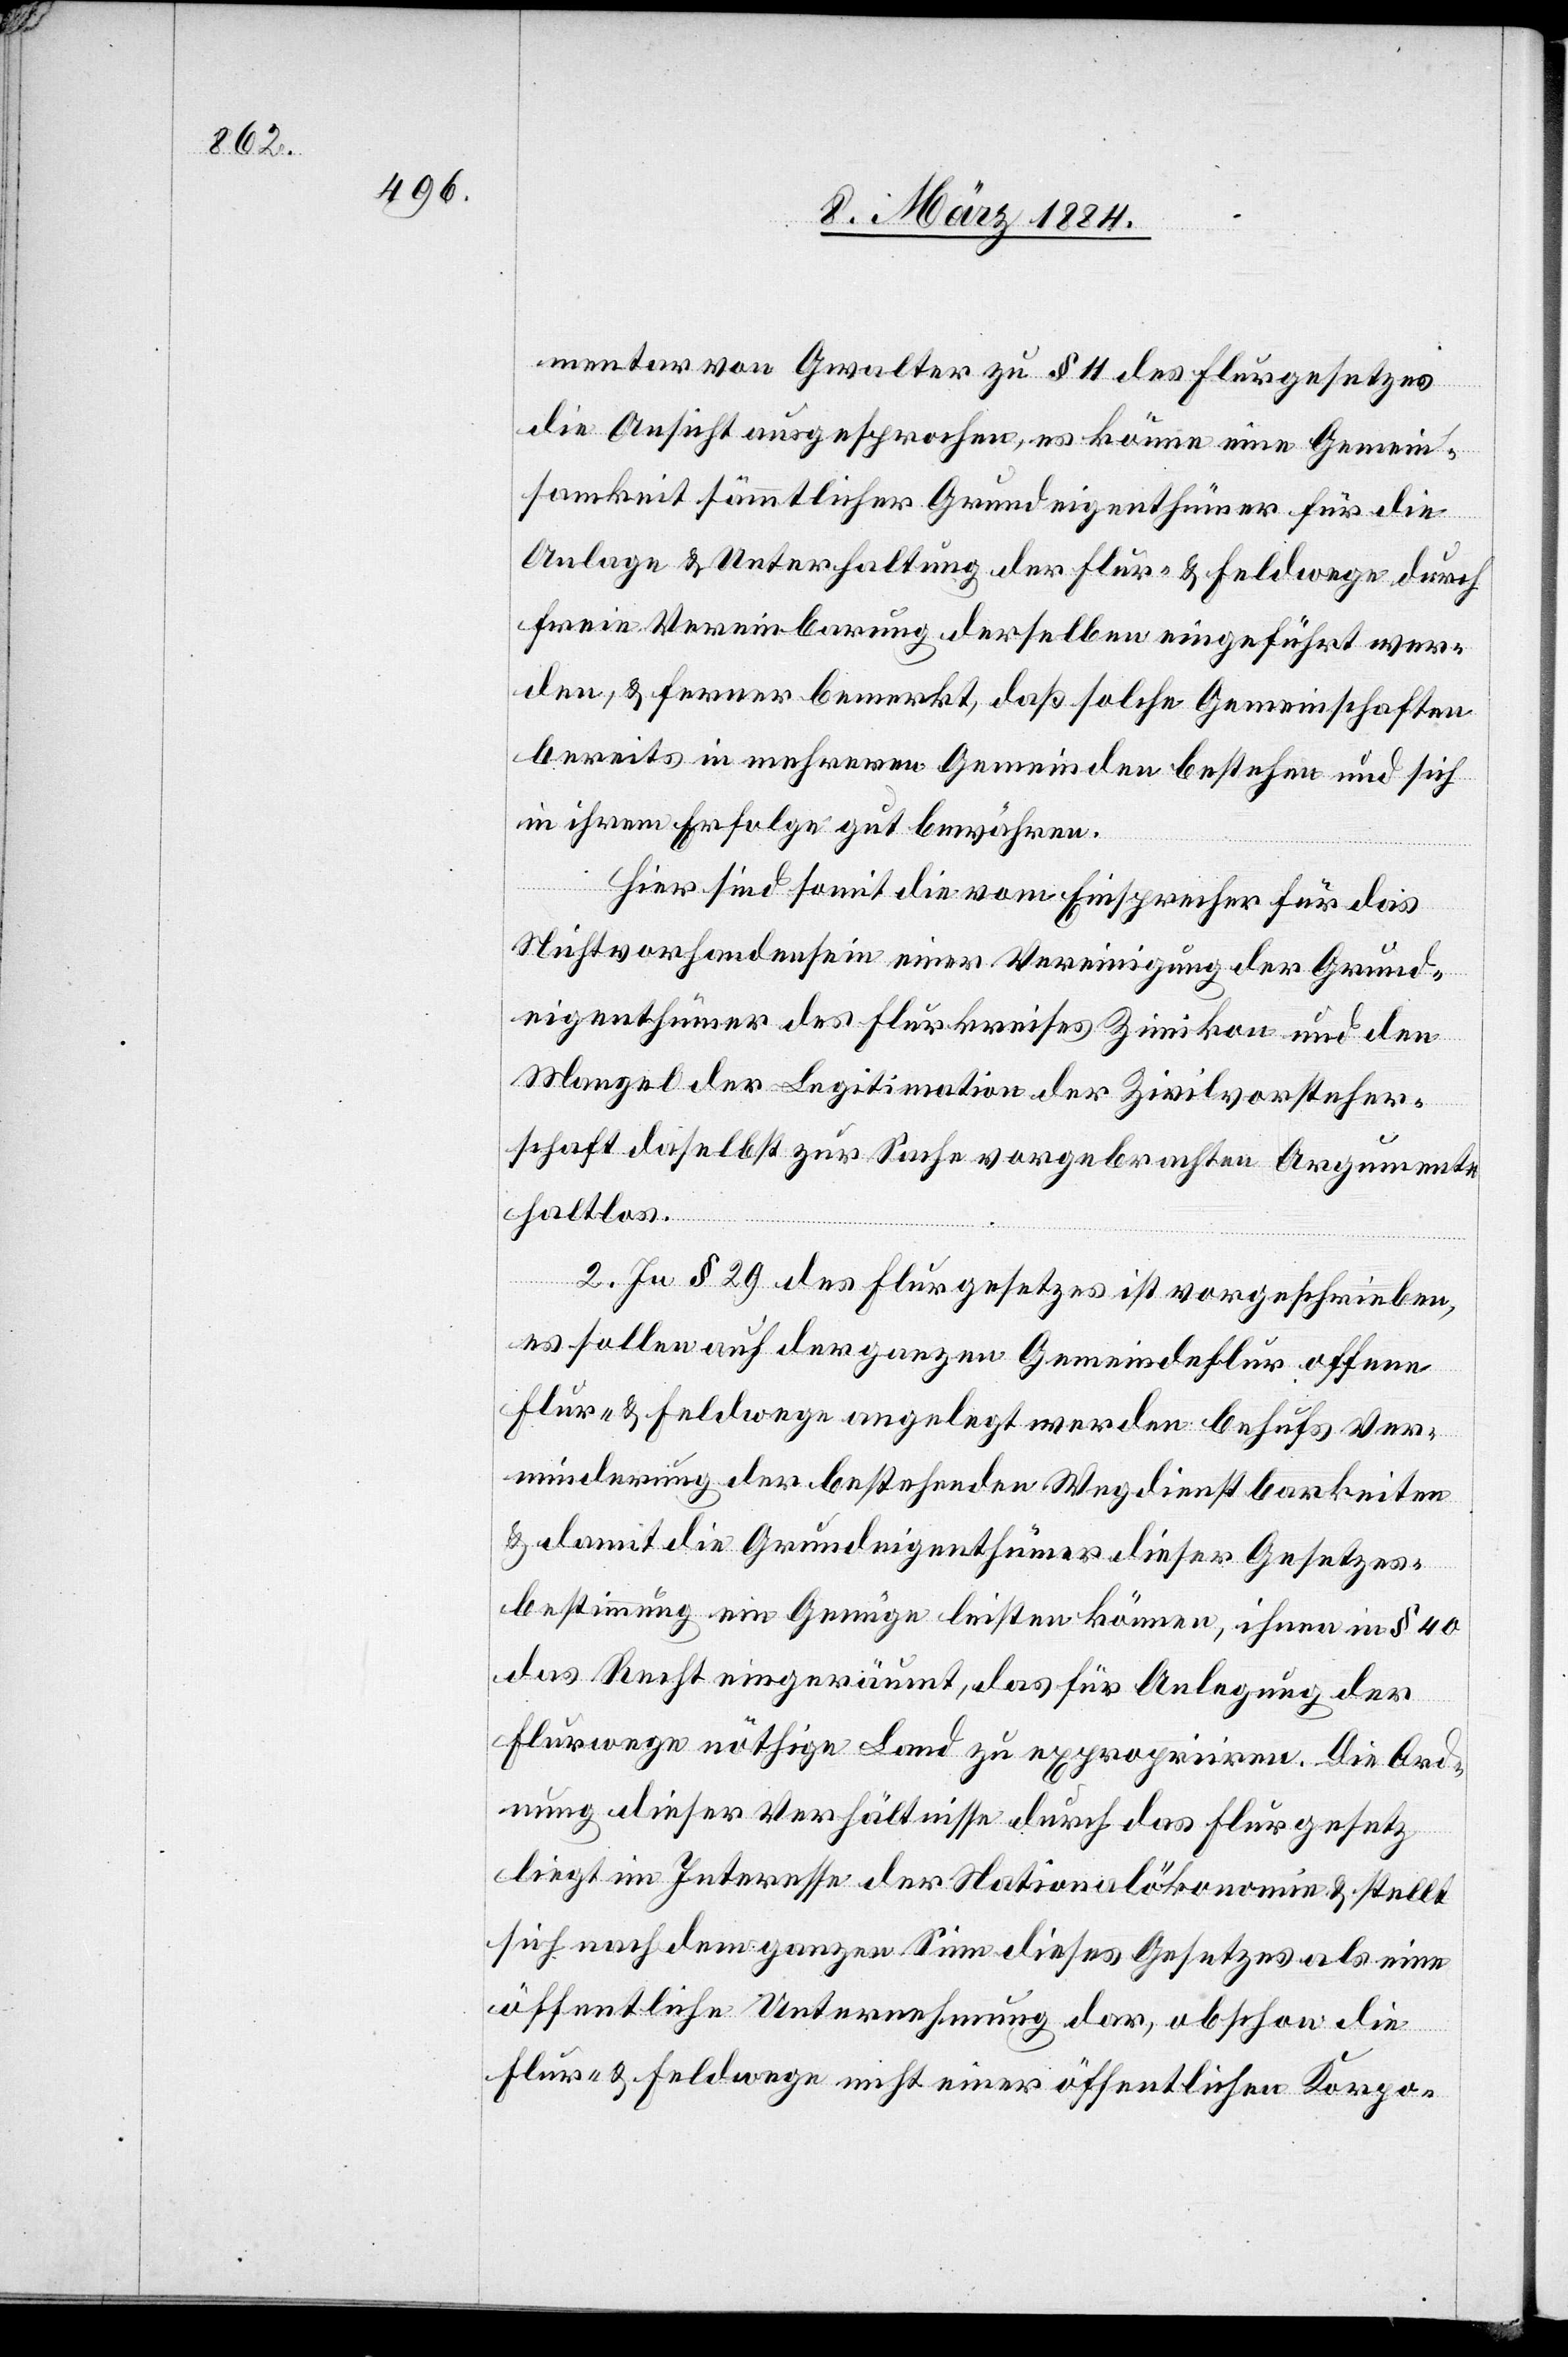
mentar von Gwalter zu § 11 des Flurgesetzes
die Ansicht ausgesprochen, es könne eine Gemein¬
samkeit sämmtlicher Grundeigenthümer für die
Anlage & Unterhaltung der Flur- & Feldwege durch
freie Vereinbarung derselben eingeführt wer¬
den, & ferner bemerkt, daß solche Gemeinschaften
bereits in mehreren Gemeinden bestehen und sich
in ihrem Erfolge gut bewähren.
Hier sind somit die vom Einsprecher für das
Nichtvorhandensein einer Vereinigung der Grund¬
eigenthümer des Flurkreises Zimikon und den
Mangel der Legitimation der Zivilvorsteher¬
schaft daselbst zur Sache vorgebrachten Argumente
haltlos.
2. In § 29 des Flurgesetzes ist vorgeschrieben,
es sollen auf der ganzen Gemeindeflur offene
Flur- & Feldwege angelegt werden behufs Ver¬
minderung der bestehenden Wegdienstbarkeiten
& damit die Grundeigenthümer dieser Gesetzes¬
bestimmung ein Genüge leisten können, wird ihnen in § 40
das Recht eingeräumt, daß für Anlegung der
Flurwege nöthige Land zu expropriiren. Die Ord¬
nung dieser Verhältnisse durch das Flurgesetz
liegt im Interesse der Nationalökonomie & stellt
sich auch dem ganzen Sinne dieses Gesetzes als eine
öffentliche Unternehmung dar, obschon die
Flur- & Feldwege nicht einer öffentlichen Korpo-